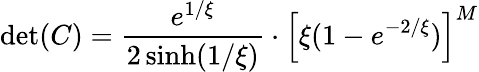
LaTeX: \mathrm{det}(C)=\frac{e^{1/\xi}}{2\sinh(1/\xi)}\cdot\left[\xi(1-e^{-2/\xi})\right]^{M}